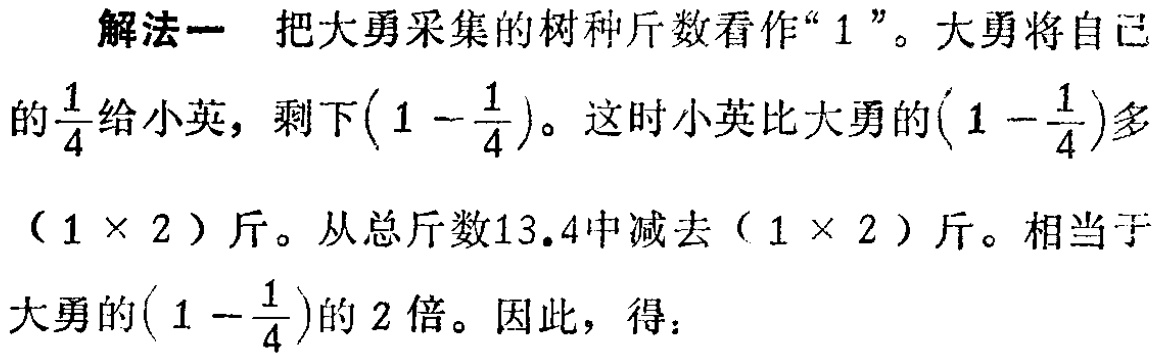
解法一 把大勇采集的树种斤数看作“$1$”。大勇将自己的$\frac{1}{4}$给小英，剩下$(1 - \frac{1}{4})$。这时小英比大勇的$(1 - \frac{1}{4})$多$(1\times 2)$斤。从总斤数$13.4$中减去$(1\times 2)$斤。相当于大勇的$(1 - \frac{1}{4})$的$2$倍。因此，得：